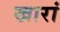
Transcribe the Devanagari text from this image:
खारां